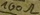
Text: 100Ω